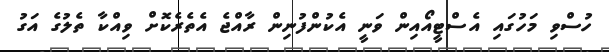
ހުސްވި މަހުގައި އެސްޓީއޯއިން ވަނީ އެކުންފުނިން ރާއްޖެ އެތެރެކޮށް ވިއްކާ ތެލުގެ އަގު